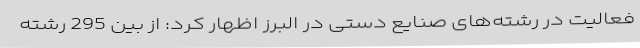
فعالیت در رشته‌های صنایع دستی در البرز اظهار کرد: از بین 295 رشته